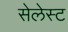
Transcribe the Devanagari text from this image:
सेलेस्ट